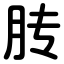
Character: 䏝